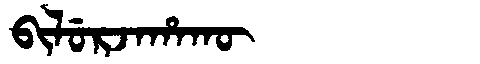
Manchu: ᠪᡳᠯᡠᡵᠵᠠᡥᠠᡴᡡ
Romanization: BILURJAHAKŪ